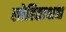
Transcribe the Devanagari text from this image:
लोहिताक्षश्च